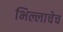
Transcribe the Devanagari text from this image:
भिल्लाचेच